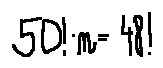
5 0 ! \cdot n = 4 8 !